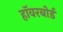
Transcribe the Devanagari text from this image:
हॉवरबोर्ड